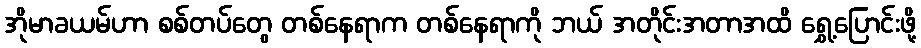
အိုမာခယမ်ဟာ စစ်တပ်တွေ တစ်နေရာက တစ်နေရာကို ဘယ် အတိုင်းအတာအထိ ရွှေ့ပြောင်းဖို့